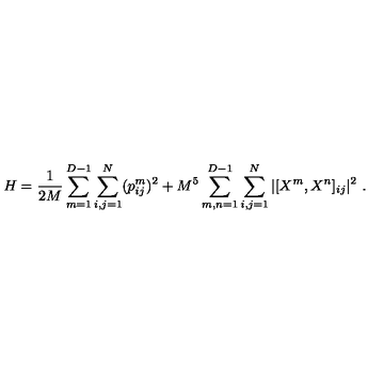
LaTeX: H = \frac { 1 } { 2 M } \sum _ { m = 1 } ^ { D - 1 } \sum _ { i , j = 1 } ^ { N } ( p _ { i j } ^ { m } ) ^ { 2 } + M ^ { 5 } \sum _ { m , n = 1 } ^ { D - 1 } \sum _ { i , j = 1 } ^ { N } | [ X ^ { m } , X ^ { n } ] _ { i j } | ^ { 2 } \ .